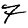
Digit: 7